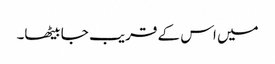
میں اس کے قریب جا بیٹھا۔